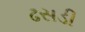
ઢસડી